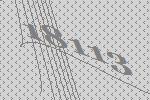
18113